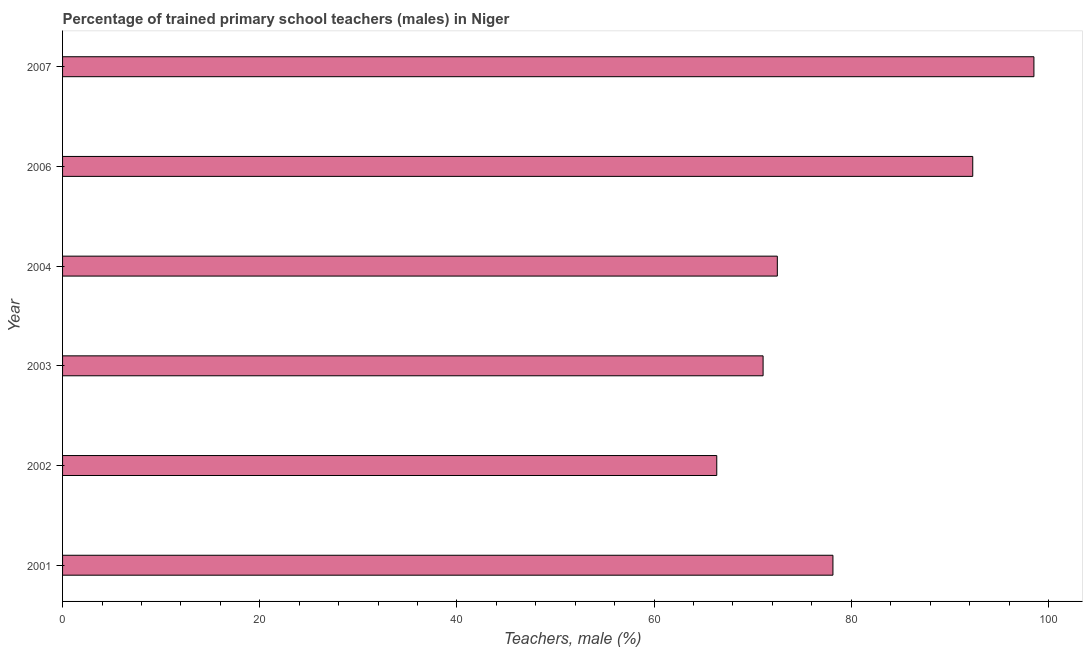
| Year | Trained teachers male |
 | --- | --- |
 | 2001 | 78.1 |
 | 2002 | 66.4 |
 | 2003 | 71.1 |
 | 2004 | 72.5 |
 | 2006 | 92.3 |
 | 2007 | 98.5 |